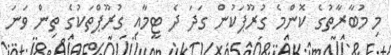
މި މުބާރާތުގެ ކޮންމެ ގުރޫޕަކުން ގަދަ ދެ ޓީމާއި ގުރޫޕްތަކުގެ ތިން ވަނަ